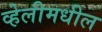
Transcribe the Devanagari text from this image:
व्हेलीमधील